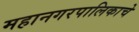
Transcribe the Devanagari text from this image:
महानगरपालिकाचे